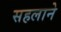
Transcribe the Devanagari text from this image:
सहलाने